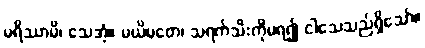
မရိဿာမိ၊ သေအံ့။ မယိမတေ၊ သရက်သီးကိုမရ၍ ငါသေသည်ရှိသော်။